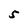
Character: 5